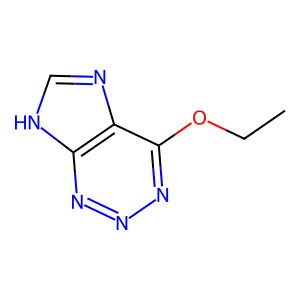
SMILES: CCOc1nnnc2[nH]cnc12
Inhibits HIV replication: No